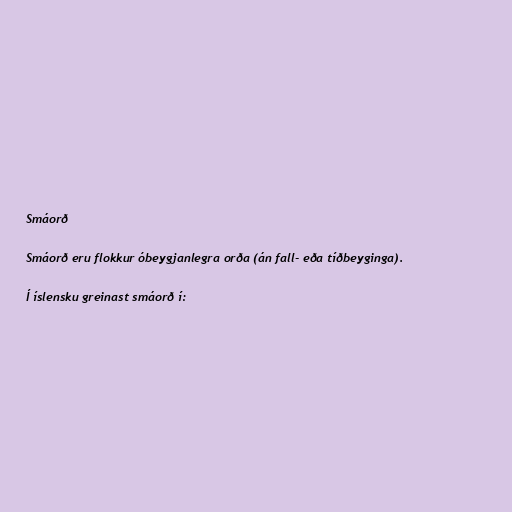
Smáorð

Smáorð eru flokkur óbeygjanlegra orða (án fall- eða tíðbeyginga).

Í íslensku greinast smáorð í: